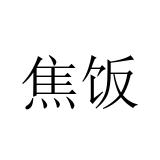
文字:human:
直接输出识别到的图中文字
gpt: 焦饭